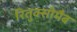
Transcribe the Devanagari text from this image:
रितुक्सीमैब